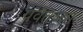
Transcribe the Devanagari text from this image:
पर्वतच्या